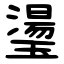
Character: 璗